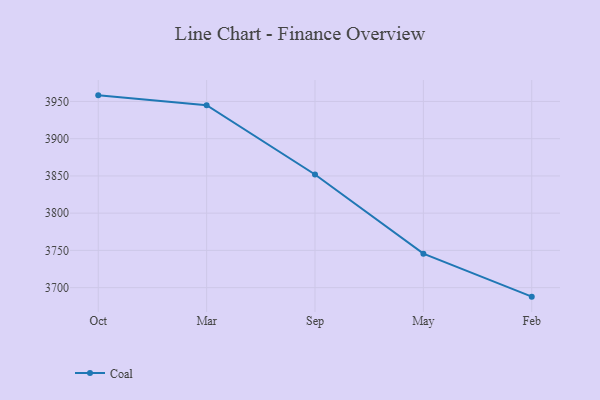
{"axis": {"x": "Month", "y": "Production Output"}, "legend": ["Coal"], "data": [{"x": "Oct", "y": 3958.2, "type": "Coal"}, {"x": "Mar", "y": 3945.0, "type": "Coal"}, {"x": "Sep", "y": 3851.9, "type": "Coal"}, {"x": "May", "y": 3745.6, "type": "Coal"}, {"x": "Feb", "y": 3687.9, "type": "Coal"}]}